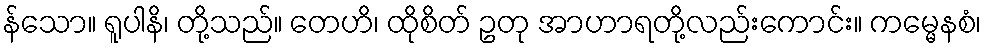
န်သော။ ရူပါနိ၊ တို့သည်။ တေဟိ၊ ထိုစိတ် ဥတု အာဟာရတို့လည်းကောင်း။ ကမ္မေနစံ၊